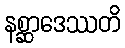
နစ္ဆာဒေဿတိ